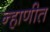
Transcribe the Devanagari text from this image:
न्हाणीत